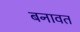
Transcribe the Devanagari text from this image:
बनावत